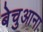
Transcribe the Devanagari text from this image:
बेचुआना